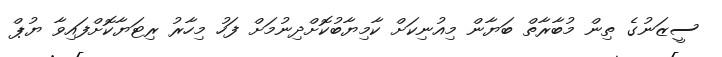
ސީޒަނުގެ ތިން މުބާރާތް ބަޔާން މިއުނިކަށް ކާމިޔާބުކޮށްދިނުމަށް ފަހު މިހާރު ރިޓަޔާކޮށްފައިވާ ޔުޕް